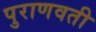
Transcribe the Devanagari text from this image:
पुराणवती